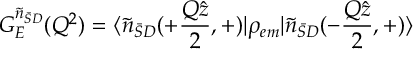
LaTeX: G _ { E } ^ { \tilde { n } _ { \bar { S } D } } ( Q ^ { 2 } ) = \langle \tilde { n } _ { \bar { S } D } ( + { \frac { Q \hat { z } } { 2 } } , + ) \vert \rho _ { e m } \vert \tilde { n } _ { \bar { S } D } ( - { \frac { Q \hat { z } } { 2 } } , + ) \rangle